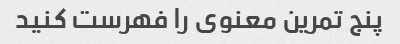
پنج تمرین معنوی را فهرست کنید